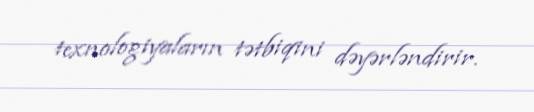
texnologiyaların tətbiqini dəyərləndirir.